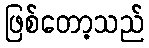
ဖြစ်တော့သည်